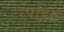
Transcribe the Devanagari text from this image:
उपहित